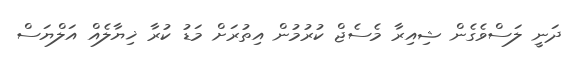
ދަނީ ލަސްވެގެން ޝިއިރާ މެސެޖް ކުރުމުން އިތުރަށް މަޑު ކުރާ ޚިޔާލެއް އަލްޔަސް